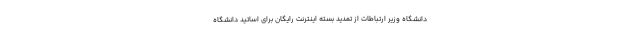
دانشگاه وزیر ارتباطات از تمدید بسته اینترنت رایگان برای اساتید دانشگاه